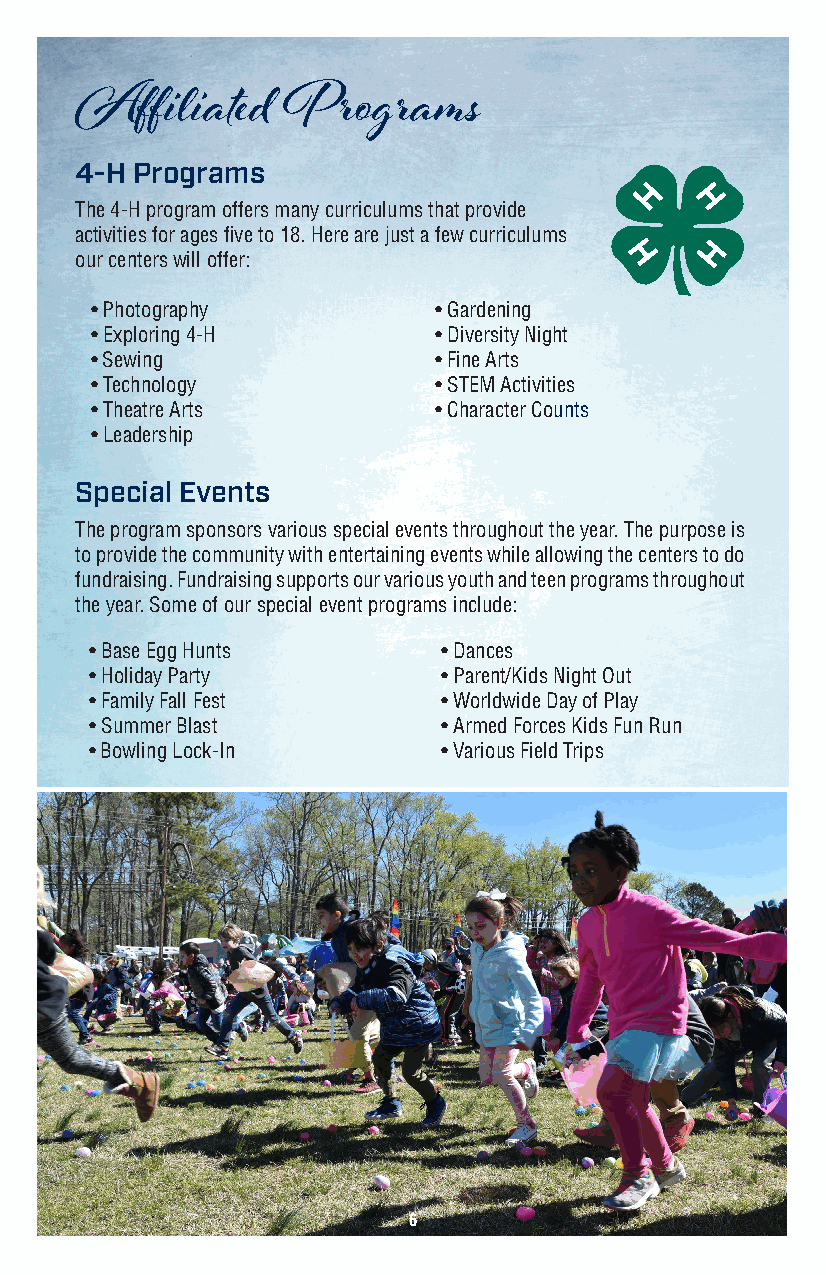
Affiliated    Programs
 4-H Programs
 The 4-H program offers many curriculums that provide
 activities for ages five to 18. Here are just a few curriculums
 our centers will offer:
 • Photography          • Gardening
 • Exploring 4-H        • Diversity Night
 • Sewing               • Fine Arts
 • Technology           • STEM Activities
 • Theatre Arts         • Character Counts
 • Leadership
 Special Events
 The program sponsors various special events throughout the year. The purpose is
 to provide the community with entertaining events while allowing the centers to do
 fundraising. Fundraising supports our various youth and teen programs throughout
 the year. Some of our special event programs include:
 • Base Egg Hunts       • Dances
 • Holiday Party        • Parent/Kids Night Out
 • Family Fall Fest     • Worldwide Day of Play
 • Summer Blast         • Armed Forces Kids Fun Run
 • Bowling Lock-In      • Various Field Trips
 6